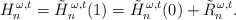
\begin{align*}H_n^{\,\omega,t}=\tilde H_n^{\,\omega,t}(1)=\tilde H_n^{\,\omega,t}(0)+\tilde R_n^{\,\omega,t}.\end{align*}